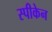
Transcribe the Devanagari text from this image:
स्पीकेन